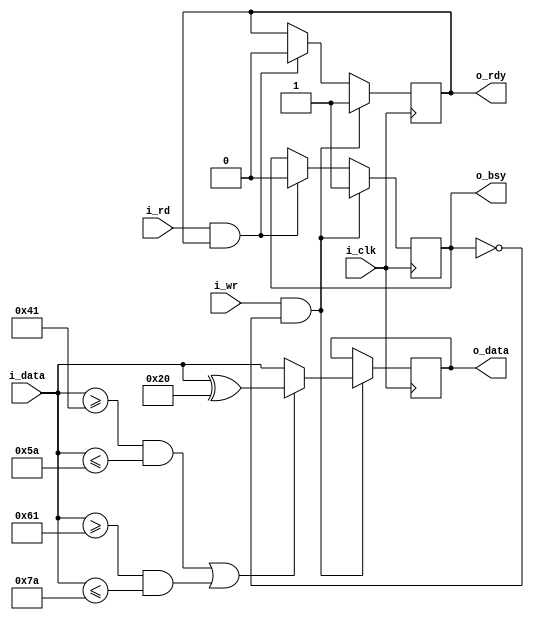
/*

Transform Swaps Uppercase/Lowercase

    +---------------+
    | xform         |
    |               |
=N=>|i_data     i_rd|<---
--->|i_wr     o_data|=N=>
<---|o_bsy     o_rdy|--->
    |               |
 +->|i_clk          |
 |  +---------------+

*/

`default_nettype none

module xform #(
  parameter N = 8                       // data bus bit width
) (
  input             i_clk,              // system clock
  input             i_wr,               // write request
  input     [N-1:0] i_data,             // write data
  output reg        o_bsy,              // device busy condition
  input             i_rd,               // read request
  output reg[N-1:0] o_data,             // read data
  output reg        o_rdy               // result ready condition
);
  initial o_bsy = 1'b0;
  initial o_data = -1;//0;
  initial o_rdy = 1'b0;

  wire wr;                              // valid write request
  wire rd;                              // valid read request
  assign wr = i_wr && !o_bsy;
  assign rd = i_rd && o_rdy;

  always @(posedge i_clk)
    if (wr)
      begin
        o_bsy <= 1'b1;
/*
        o_data <= i_data;  // pass-thru
*/
        o_data <= (i_data >= "A" && i_data <= "Z") || (i_data >= "a" && i_data <= "z")
          ? i_data ^ 8'h20
          : i_data;
        o_rdy <= 1'b1;
      end
    else if (rd)
      begin
        o_bsy <= 1'b0;
        o_rdy <= 1'b0;
      end

endmodule